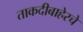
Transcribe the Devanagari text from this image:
ताकदीबाहेरचे